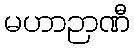
မဟာဉာဏီ